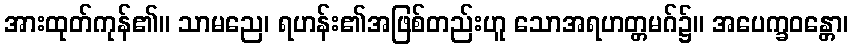
အားထုတ်ကုန်၏။ သာမညေ၊ ရဟန်း၏အဖြစ်တည်းဟူ သောအရဟတ္တမဂ်၌။ အပေက္ခဝန္တော၊